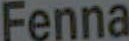
Fenna